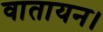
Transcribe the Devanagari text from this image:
वातायन।